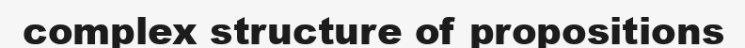
complex structure of propositions